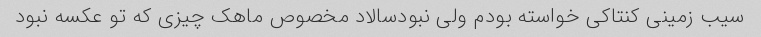
سیب زمینی کنتاکی خواسته بودم ولی نبودسالاد مخصوص ماهک چیزی که تو عکسه نبود